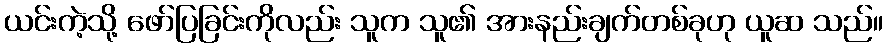
ယင်းကဲ့သို့ ဖော်ပြခြင်းကိုလည်း သူက သူ၏ အားနည်းချက်တစ်ခုဟု ယူဆ သည်။